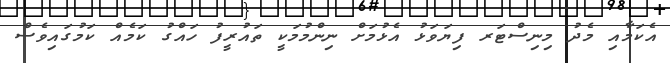
އެކަމާއި މެދު މިނިސްޓަރ ފިޔަވަޅު އެޅުމަށް ނިންމުމަކީ ތައުރީފު ހައްގު ކަމެއް ކަމުގައިވެސް